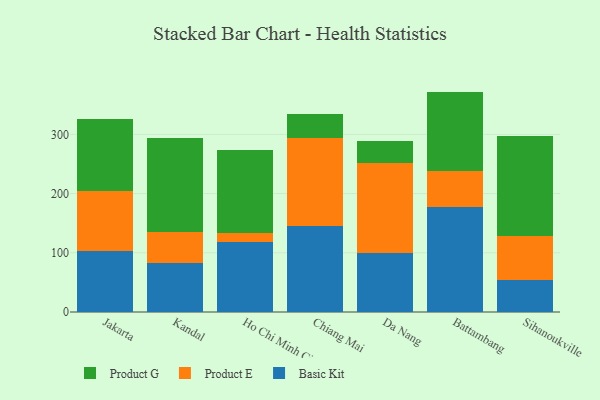
{"axis": {"x": "City", "y": "Market Share (%)"}, "legend": ["Basic Kit", "Product E", "Product G"], "data": [{"x": "Jakarta", "y": 103.1, "type": "Basic Kit"}, {"x": "Jakarta", "y": 102.0, "type": "Product E"}, {"x": "Jakarta", "y": 121.3, "type": "Product G"}, {"x": "Kandal", "y": 82.6, "type": "Basic Kit"}, {"x": "Kandal", "y": 52.5, "type": "Product E"}, {"x": "Kandal", "y": 159.2, "type": "Product G"}, {"x": "Ho Chi Minh City", "y": 117.6, "type": "Basic Kit"}, {"x": "Ho Chi Minh City", "y": 15.0, "type": "Product E"}, {"x": "Ho Chi Minh City", "y": 141.1, "type": "Product G"}, {"x": "Chiang Mai", "y": 145.9, "type": "Basic Kit"}, {"x": "Chiang Mai", "y": 148.7, "type": "Product E"}, {"x": "Chiang Mai", "y": 39.2, "type": "Product G"}, {"x": "Da Nang", "y": 99.7, "type": "Basic Kit"}, {"x": "Da Nang", "y": 152.5, "type": "Product E"}, {"x": "Da Nang", "y": 36.2, "type": "Product G"}, {"x": "Battambang", "y": 176.6, "type": "Basic Kit"}, {"x": "Battambang", "y": 62.1, "type": "Product E"}, {"x": "Battambang", "y": 133.5, "type": "Product G"}, {"x": "Sihanoukville", "y": 53.4, "type": "Basic Kit"}, {"x": "Sihanoukville", "y": 74.8, "type": "Product E"}, {"x": "Sihanoukville", "y": 169.3, "type": "Product G"}]}